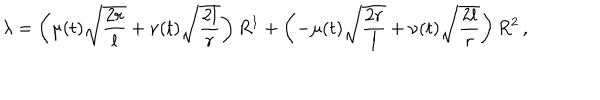
\lambda = \left( \mu ( t ) \sqrt { \frac { 2 r } { l } } + \nu ( t ) \sqrt { \frac { 2 l } { r } } \right) R ^ { 1 } + \left( - \mu ( t ) \sqrt { \frac { 2 r } { l } } + \nu ( t ) \sqrt { \frac { 2 l } { r } } \right) R ^ { 2 } \, ,